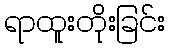
ရာထူးတိုးခြင်း